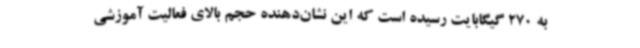
به 270 گیگابایت رسیده است که این نشان‌دهنده حجم بالای فعالیت آموزشی